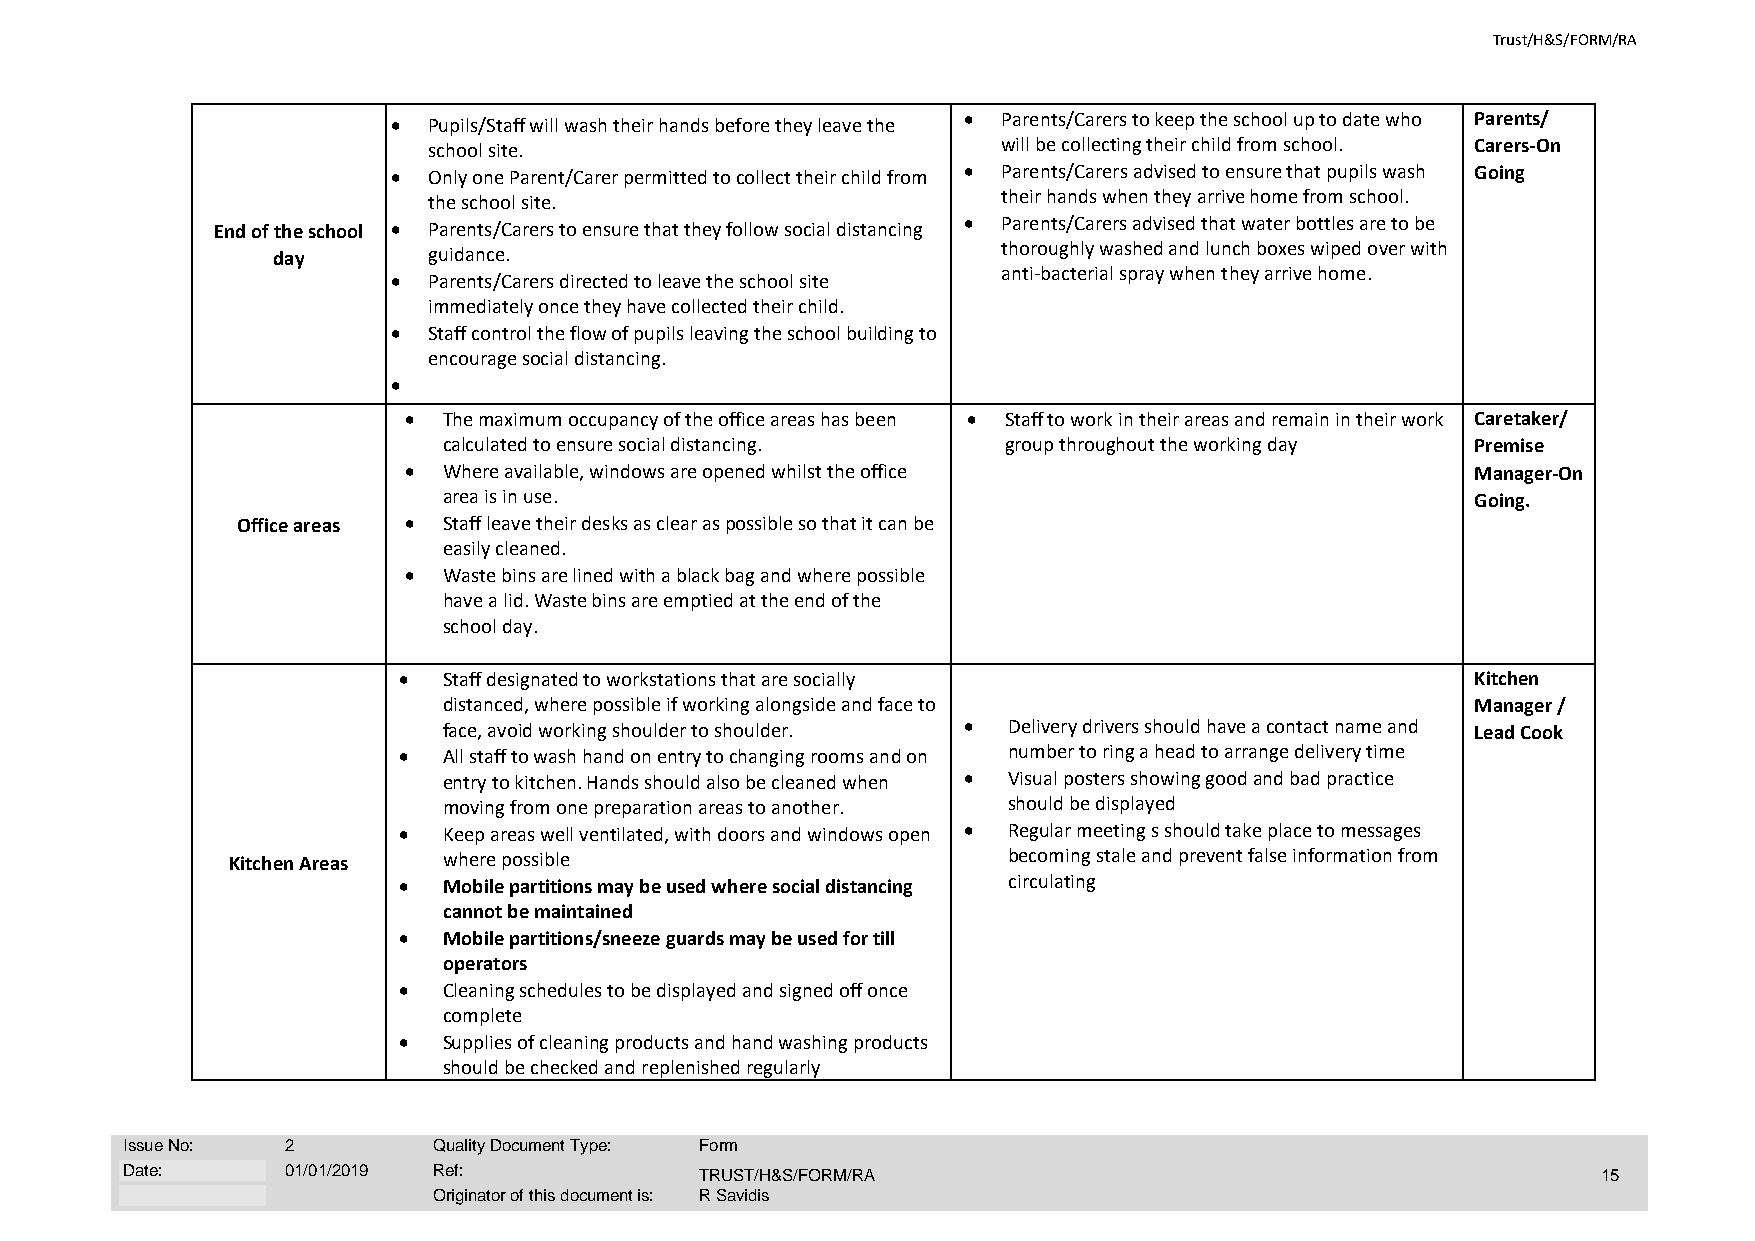
Trust/H&S/FORM/RA
 • Pupils/Staff will wash their hands before they leave the • Parents/Carers to keep the school up to date who Parents/
 school site.                          will be collecting their child from school. Carers-On
 • Only one Parent/Carer permitted to collect their child from • Parents/Carers advised to ensure that pupils wash Going
 the school site.                      their hands when they arrive home from school.
 End of the school • Parents/Carers to ensure that they follow social distancing • Parents/Carers advised that water bottles are to be
 day       guidance.                             thoroughly washed and lunch boxes wiped over with
 anti-bacterial spray when they arrive home.
 • Parents/Carers directed to leave the school site
 immediately once they have collected their child.
 • Staff control the flow of pupils leaving the school building to
 encourage social distancing.
 •
 • The maximum occupancy of the office areas has been • Staff to work in their areas and remain in their work Caretaker/
 calculated to ensure social distancing. group throughout the working day Premise
 • Where available, windows are opened whilst the office                Manager-On
 area is in use.                                                      Going.
 Office areas • Staff leave their desks as clear as possible so that it can be
 easily cleaned.
 • Waste bins are lined with a black bag and where possible
 have a lid. Waste bins are emptied at the end of the
 school day.
 •  Staff designated to workstations that are socially                   Kitchen
 distanced, where possible if working alongside and face to           Manager /
 face, avoid working shoulder to shoulder. • Delivery drivers should have a contact name and Lead Cook
 •  All staff to wash hand on entry to changing rooms and on number to ring a head to arrange delivery time
 entry to kitchen. Hands should also be cleaned when • Visual posters showing good and bad practice
 moving from one preparation areas to another. should be displayed
 •  Keep areas well ventilated, with doors and windows open • Regular meeting s should take place to messages
 Kitchen Areas where possible                        becoming stale and prevent false information from
 •  Mobile partitions may be used where social distancing circulating
 cannot be maintained
 •  Mobile partitions/sneeze guards may be used for till
 operators
 •  Cleaning schedules to be displayed and signed off once
 complete
 •  Supplies of cleaning products and hand washing products
 should be checked and replenished regularly
 Issue No:  2         Quality Document Type: Form
 Date:      01/01/2019 Ref:            TRUST/H&S/FORM/RA                                           15
 Originator of this document is: R Savidis